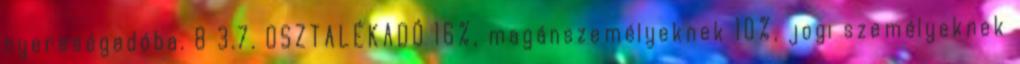
nyereségadóba. 8 3.7. OSZTALÉKADÓ 16%, magánszemélyeknek 10%, jogi személyeknek